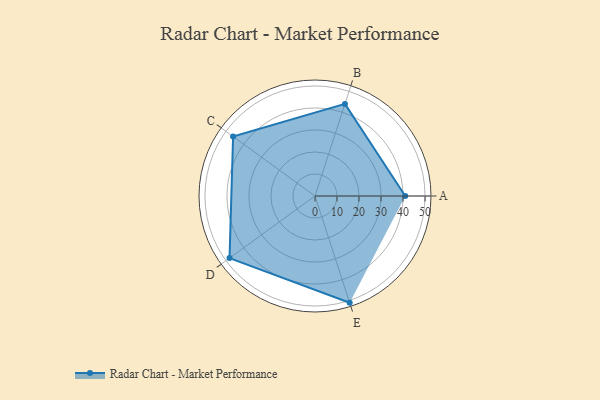
{"axis": {"x": "Skill", "y": "Score"}, "legend": ["Profile"], "data": [{"x": "A", "y": 41.0, "type": "Profile"}, {"x": "B", "y": 44.0, "type": "Profile"}, {"x": "C", "y": 46.0, "type": "Profile"}, {"x": "D", "y": 48.0, "type": "Profile"}, {"x": "E", "y": 51.0, "type": "Profile"}]}